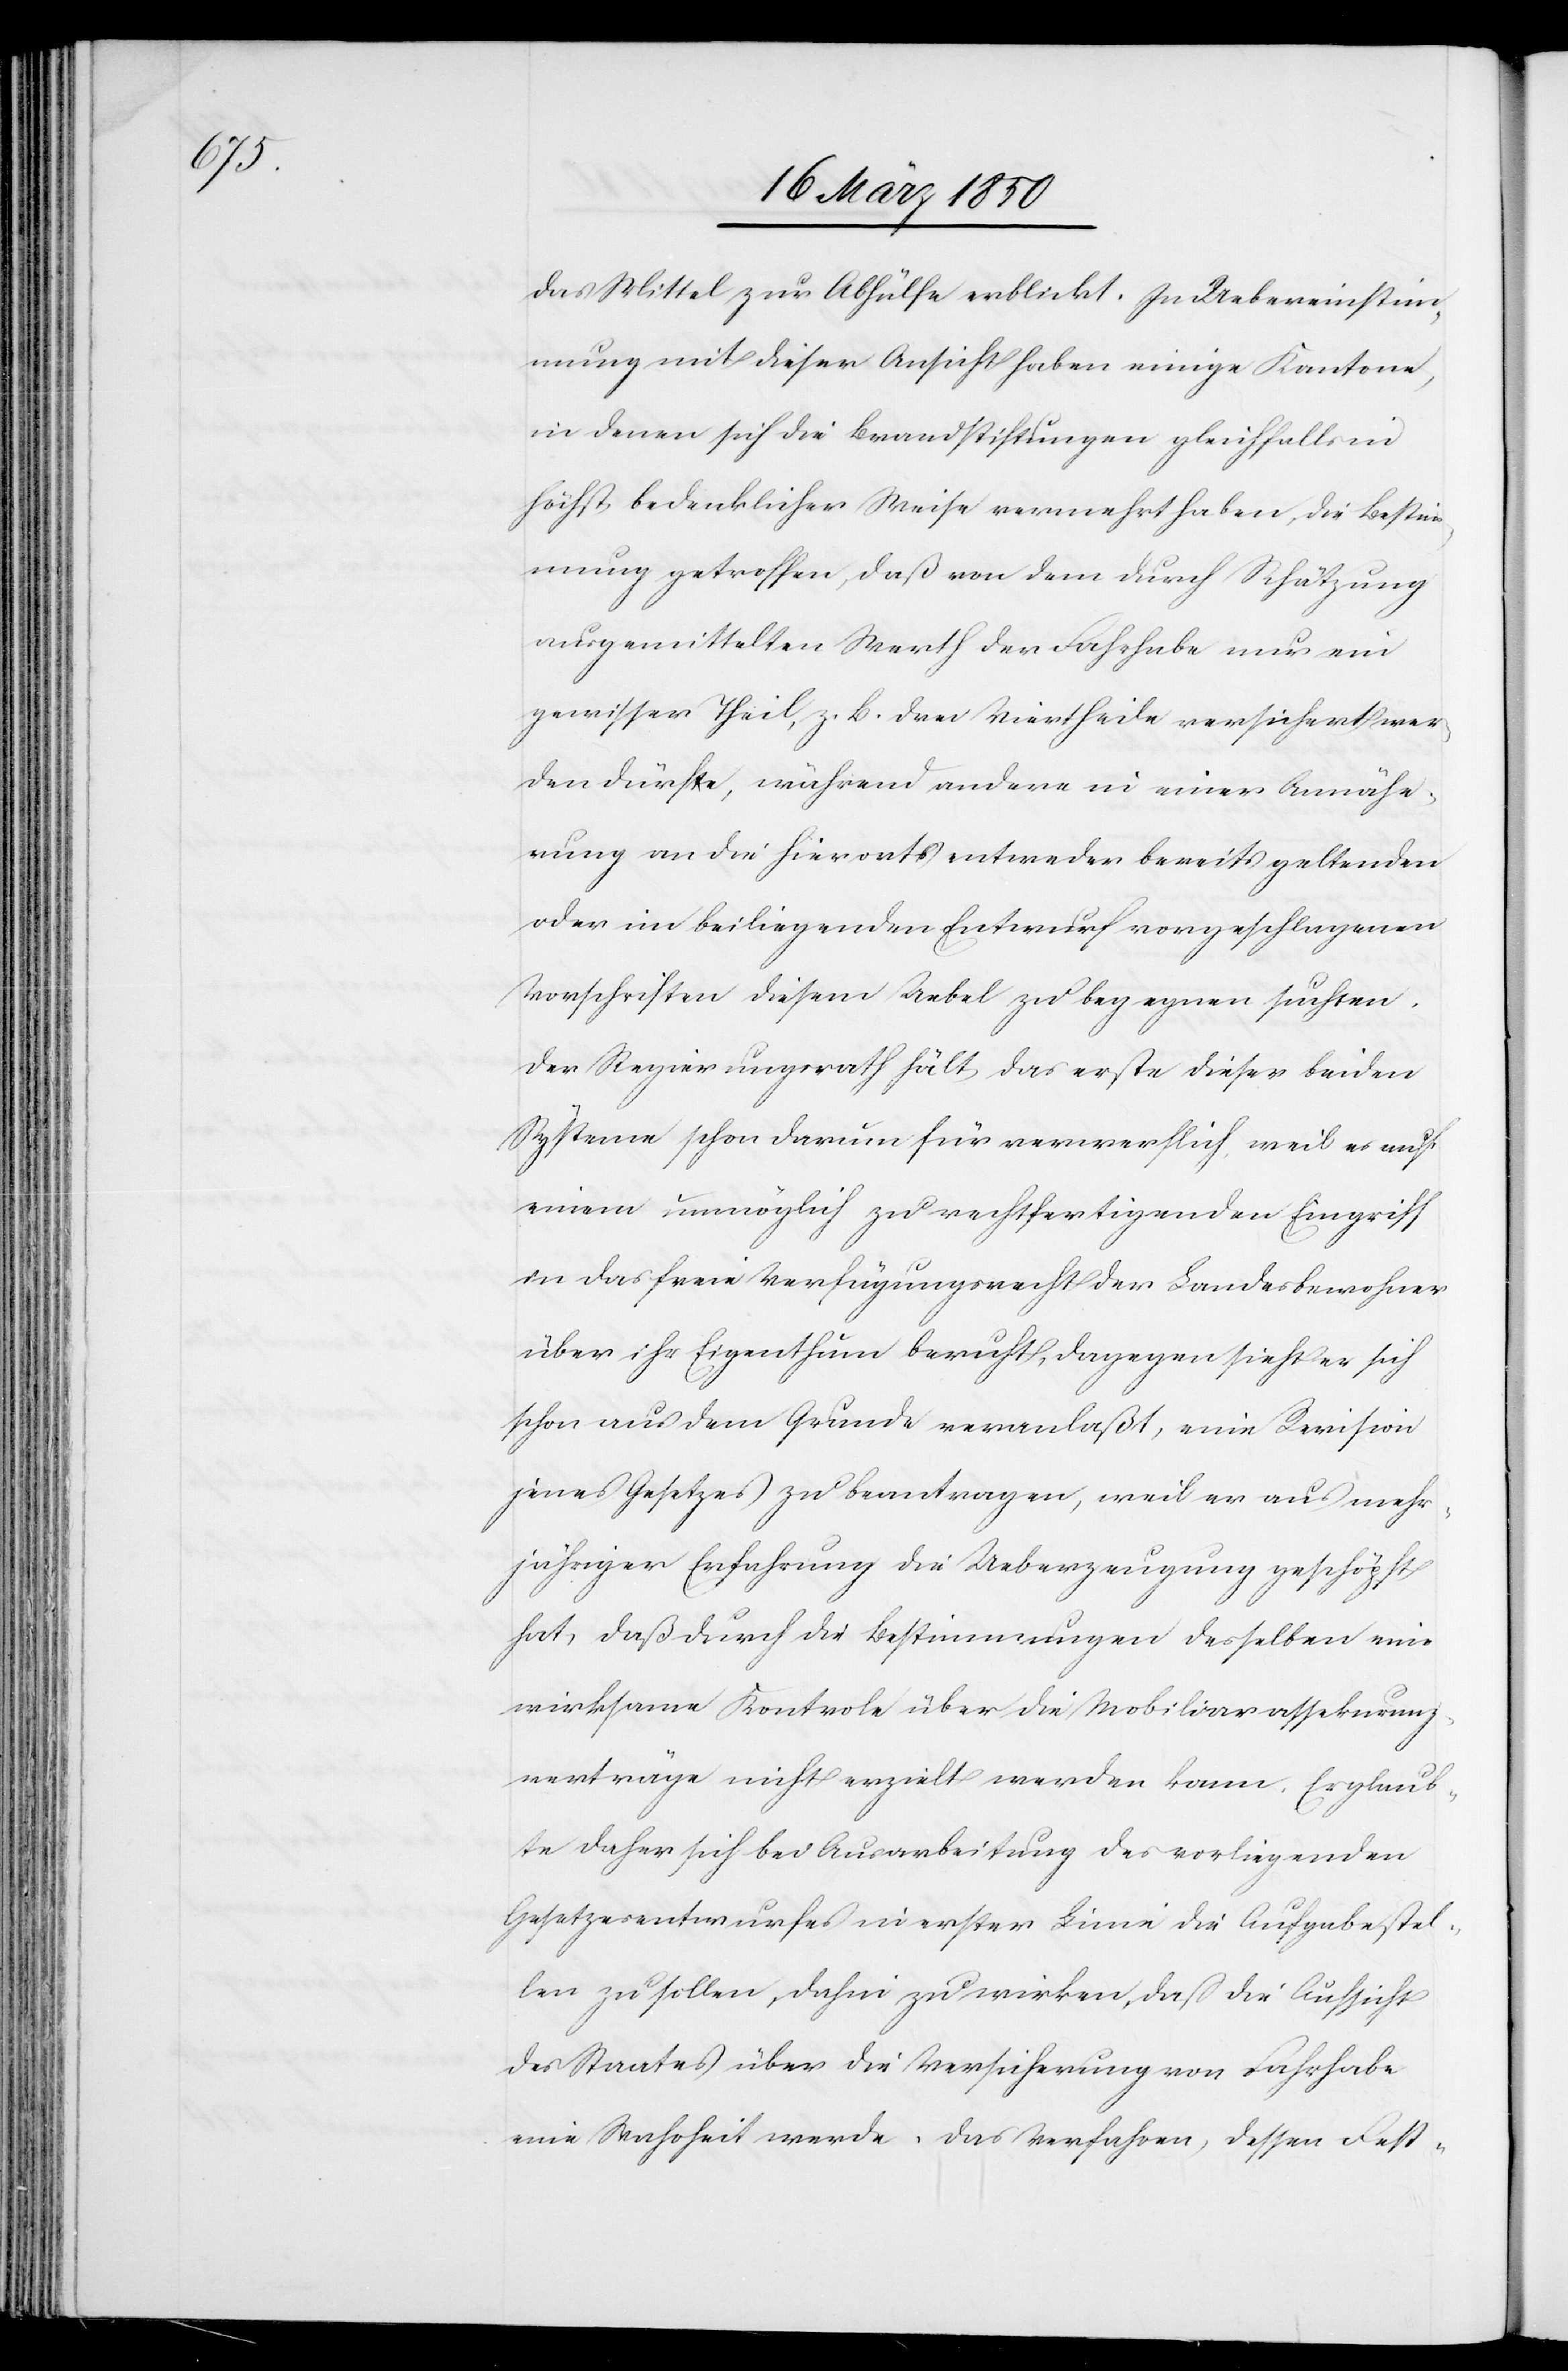
das Mittel zur Abhülfe erblickt. In Uebereinstim¬
mung mit dieser Ansicht haben einige Kantone,
in denen sich die Brandstiftungen gleichfalls in
höchst bedenklicher Weise vermehrt haben, die Bestim¬
mung getroffen, daß von dem durch Schätzung
ausgemittelten Werth der Fahrhabe nur ein
gewisser Theil, z. B. drei Viertheile versichert wer¬
den dürfe, während andere in einer Annähe¬
rung an die hierorts entweder bereits geltenden
oder im beiliegenden Entwurf vorgeschlagenen
Vorschriften diesem Uebel zu begegnen suchten.
Der Regierungsrath hält das erste dieser beiden
Systeme schon darum für verwerflich, weil es auf
einem unmöglich zu rechtfertigenden Eingriff
in das freie Verfügungsrecht der Landesbewohner
über ihr Eigenthum beruht, dagegen sieht er sich
schon aus dem Grunde veranlaßt, eine Revision
jenes Gesetzes zu beantragen, weil er aus mehr¬
jähriger Erfahrung die Ueberzeugung geschöpft
hat, daß durch die Bestimmungen desselben eine
wirksame Kontrole über die Mobiliarassekuranz¬
verträge nicht erzielt werden kann. Er glaub¬
te daher sich bei Ausarbeitung des vorliegenden
Gesetzesentwurfes in erster Linie die Aufgabe stel¬
len zu sollen, dahin zu wirken, daß die Aufsicht
des Staates über die Versicherung von Fahrhabe
eine Wahrheit werde. Das Verfahren, dessen Fest-